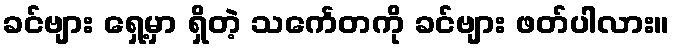
ခင်ဗျား ရှေ့မှာ ရှိတဲ့ သင်္ကေတကို ခင်ဗျား ဖတ်ပါလား။